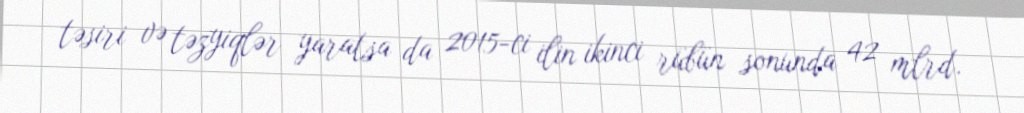
təsiri və təzyiqlər yaratsa da 2015-ci ilin ikinci rübün sonunda 42 mlrd.